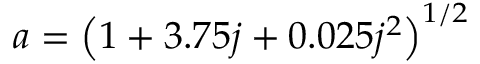
a = \left( 1 + 3 . 7 5 j + 0 . 0 2 5 j ^ { 2 } \right) ^ { 1 / 2 }